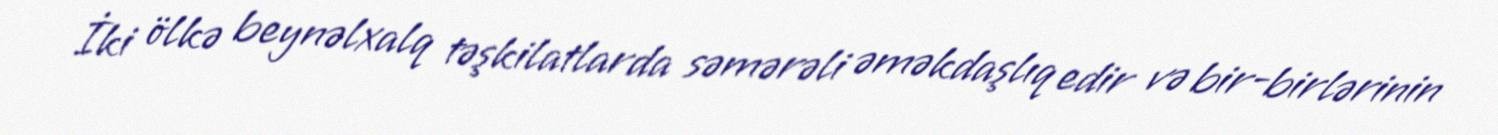
İki ölkə beynəlxalq təşkilatlarda səmərəli əməkdaşlıq edir və bir-birlərinin